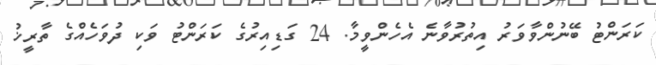
ކަރަންޓު ބޭނުންވާވަރު އިތުރުވާނެ އެހެންވީމާ. 24 ގަޑިއިރުގެ ކަރަންޓު ވަކި ދުވަހެއްގެ ތާރީޚު